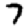
Digit: 7